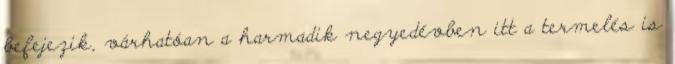
befejezik, várhatóan a harmadik negyedévben itt a termelés is